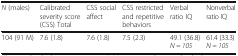
<table><thead><tr><td><b><i>N</i> (males)</b></td><td><b>Calibrated severity score (CSS) Total</b></td><td><b>CSS social affect</b></td><td><b>CSS restricted and repetitive behaviors</b></td><td><b>Verbal ratio IQ</b></td><td><b>Nonverbal ratio IQ</b></td></tr></thead><tbody><tr><td>104 (91 M)</td><td>7.6 (1.8)</td><td>7.6 (1.8)</td><td>7.5 (2.3)</td><td>49.1 (36.8)<i>N = 105</i></td><td>61.4 (33.3)<i>N = 105</i></td></tr></tbody></table>